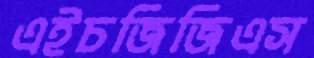
এইচজিজিএস